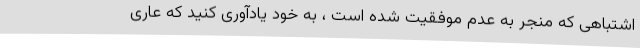
اشتباهی که منجر به عدم موفقیت شده است ، به خود یادآوری کنید که عاری